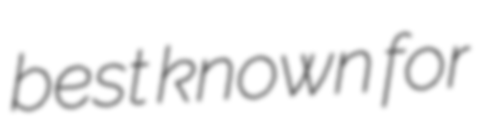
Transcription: best known for